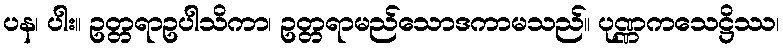
ပန၊ ပါး။ ဥတ္တရာဥပါသိကာ၊ ဥတ္တရာမည်သောဒကာမသည်။ ပုဏ္ဏကသေဋ္ဌိဿ၊